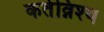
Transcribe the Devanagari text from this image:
कर्तव्निश्थ